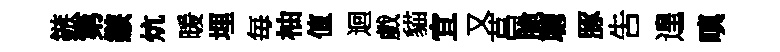
鏃第鏃炕暖埋毎柚值迴戲貓宜又莒脆聴䐁吿遑嗔